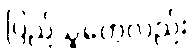
ပြည်သူတွေလည်း